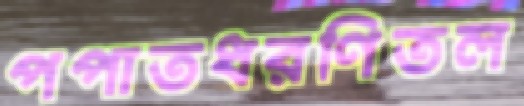
পপাতধরণিতল